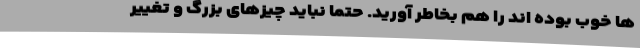
ها خوب بوده اند را هم بخاطر آورید. حتما نباید چیزهای بزرگ و تغییر